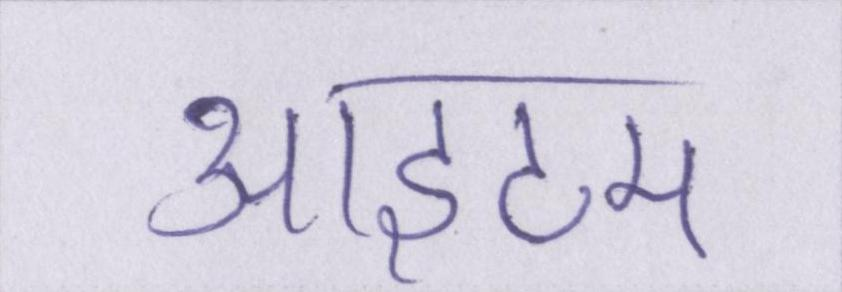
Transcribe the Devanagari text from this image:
आइटम